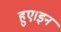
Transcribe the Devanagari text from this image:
हुए।इन